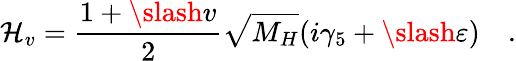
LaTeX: {\cal H}_{v}=\frac{1+\slash{v}}{2}\sqrt{M_{H}}(i\gamma_{5}+\slash{\varepsilon})\quad.